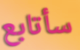
سأتابع